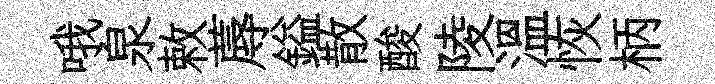
哦泉敕蓐鎰散酸陵温恢柄